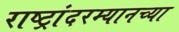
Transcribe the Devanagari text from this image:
राष्ट्रांदरम्यानच्या